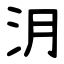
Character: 㳉